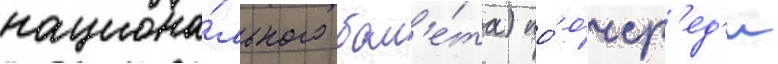
национа́льного бал'е́та) по́ о́чер'ед'и